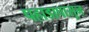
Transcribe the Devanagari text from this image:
पहाडापासून